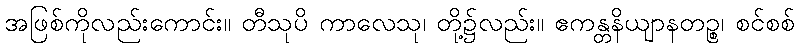
အဖြစ်ကိုလည်းကောင်း။ တီသုပိ ကာလေသု၊ တို့၌လည်း။ ဧကန္တနိယျာနတဉ္စ၊ စင်စစ်